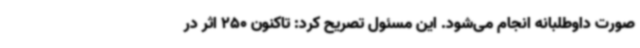
صورت داوطلبانه انجام می‌شود. این مسئول تصریح کرد: تاکنون 250 اثر در